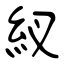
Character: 紁